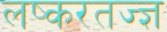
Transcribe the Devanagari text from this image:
लष्करतज्ज्ञ